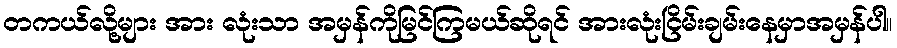
တကယ်လို့များ အား လုံးသာ အမှန်ကိုမြင်ကြမယ်ဆိုရင် အားလုံးငြိမ်းချမ်းနေမှာအမှန်ပါ။